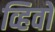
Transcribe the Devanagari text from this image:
व्हिवो